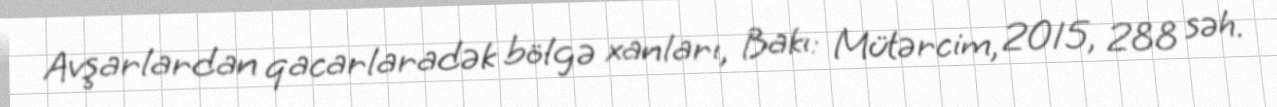
Avşarlardan qacarlaradək bölgə xanları, Bakı: Mütərcim, 2015, 288 səh.